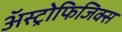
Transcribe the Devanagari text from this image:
अॅस्ट्रोफिजिक्स